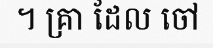
។ គ្រា ដែល ចៅ